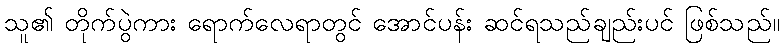
သူ၏ တိုက်ပွဲကား ရောက်လေရာတွင် အောင်ပန်း ဆင်ရသည်ချည်းပင် ဖြစ်သည်။